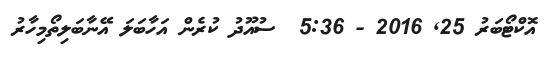
އޮކްޓޯބަރު 25